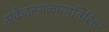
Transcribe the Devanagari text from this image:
संकेतस्थ़ळांव्यतिरिक्त